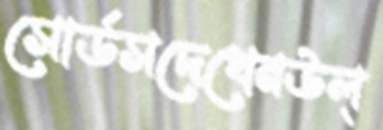
সোর্ডসদেখেনউল্‌